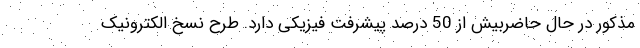
مذکور در حال حاضربیش از 50 درصد پیشرفت فیزیکی دارد. طرح نسخ الکترونیک